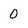
Character: 0